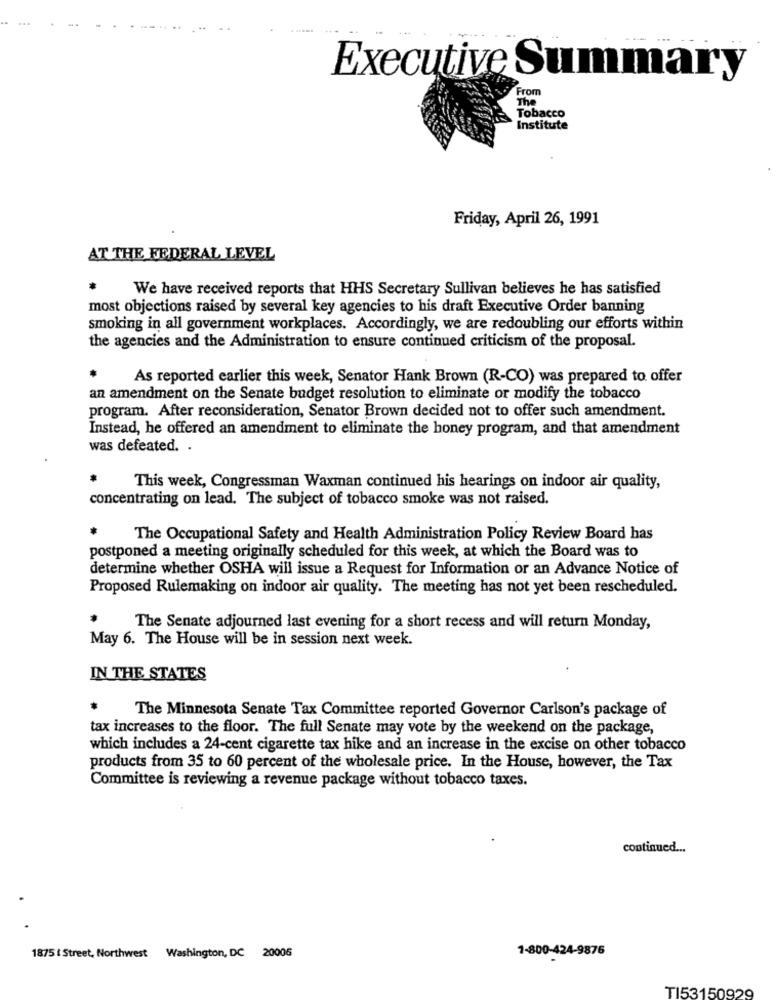
Executive Summary
From
The
Tobacco
Institute
Friday, April 26, 1991
AT THE FEDERAL LEVEL
We have received reports that HHS Secretary Sullivan believes he has satisfied
most objections raised by several key agencies to his draft Executive Order banning
smoking in all government workplaces. Accordingly, we are redoubling our efforts within
the agencies and the Administration to ensure continued criticism of the proposal.
As reported earlier this week, Senator Hank Brown (R-CO) was prepared to offer
an amendment on the Senate budget resolution to eliminate or modify the tobacco
program. After reconsideration, Senator Brown decided not to offer such amendment.
Instead, he offered an amendment to eliminate the honey program, and that amendment
was defeated. .
This week, Congressman Waxman continued his hearings on indoor air quality,
concentrating on lead. The subject of tobacco smoke was not raised.
The Occupational Safety and Health Administration Policy Review Board has
postponed a meeting originally scheduled for this week, at which the Board was to
determine whether OSHA will issue a Request for Information or an Advance Notice of
Proposed Rulemaking on indoor air quality. The meeting has not yet been rescheduled.
The Senate adjourned last evening for a short recess and will return Monday,
May 6. The House will be in session next week.
IN THE STATES
The Minnesota Senate Tax Committee reported Governor Carlson's package of
tax increases to the floor. The full Senate may vote by the weekend on the package,
which includes a 24-cent cigarette tax hike and an increase in the excise on other tobacco
products from 35 to 60 percent of the wholesale price. In the House, however, the Tax
Committee is reviewing a revenue package without tobacco taxes.
continued ...
1875 ( Street, Northwest Washington, DC 20006
1-800-424-9876
TI53150929